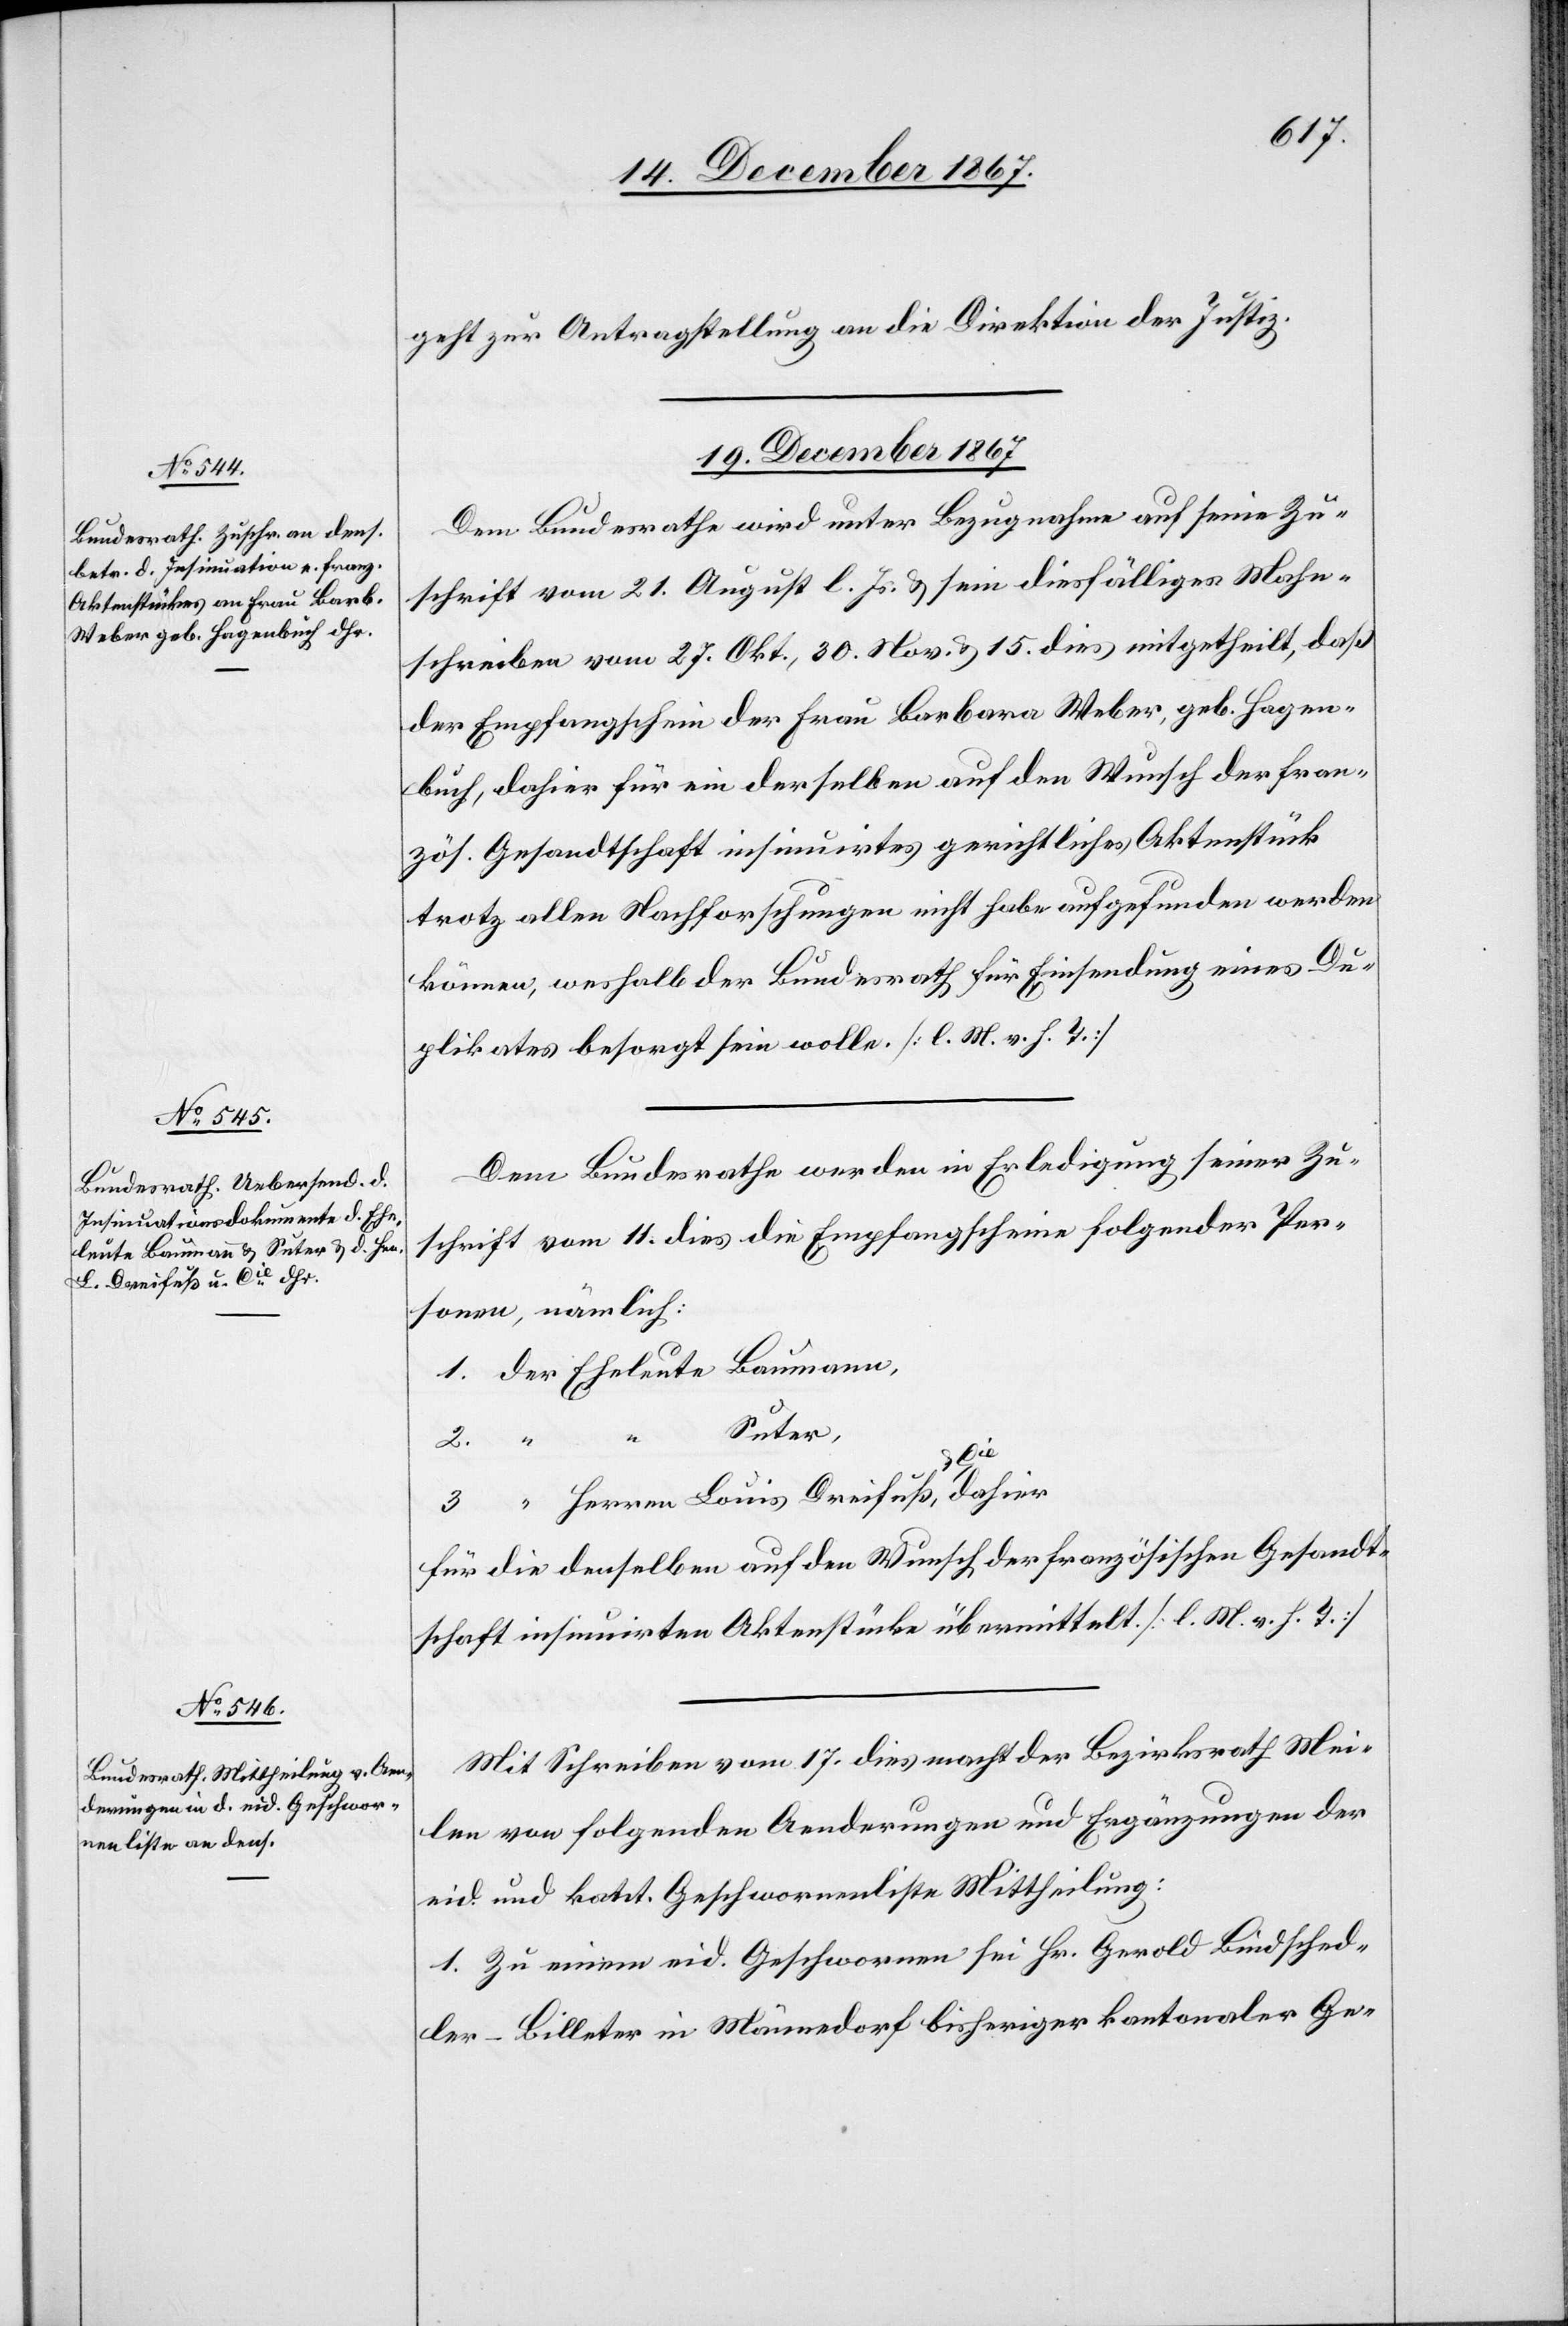
geht zur Antragstellung an die Direktion der Justiz.
19. December 1867.
Dem Bundesrathe wird unter Bezugnahme auf seine Zu¬
schrift vom 21. August l. Js. u. sein diesfälliges Mahn¬
schreiben vom 27. Okt., 30. Nov. u. 15 dies mitgetheilt, daß
der Empfangschein der Frau Barbara Weber, geb. Hagen¬
buch, dahier für ein derselben auf den Wunsche der fran¬
zös. Gesandtschaft insinuirtes gerichtliches Aktenstück
trotz allen Nachforschungen nicht habe aufgefunden werden
können, weshalb der Bundesrath für Einsendung eines Du¬
plikates besorgt sein wolle. [l. M. v. h. T.]
Dem Bundesrathe werden in Erledigung seiner Zu¬
schrift vom 11. dies die Empfangscheine folgender Per¬
sonen, nämlich:
1. der Eheleute Baumann,
Unter
Huber.]
“ “ Herren Louis Dreifuß u. Cie,
für die denselben auf den Wunsch der französischen Gesandt¬
schaft insinuirte Aktenstücke übermittelt. [l. M. v. h. T.]
Mit Schreiben vom 17. dies macht der Bezirksrath Mei¬
len von folgenden Aenderungen und Ergänzungen der
eid. und kant. Geschwornenliste Mittheilung:
1. Zu einem eid. Geschwornen sei Hr. Gerold Bindsched¬
ler-Billeter in Männedorf bisheriger kantonaler Ge-